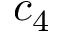
c _ { 4 }